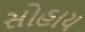
સોહાય